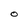
Character: O